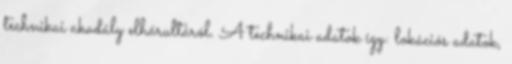
technikai akadály elhárultáról. A technikai adatok így: lokációs adatok,